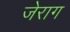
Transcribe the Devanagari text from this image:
जेराग